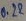
Text: 0.22